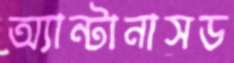
অ্যান্টানাসড